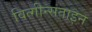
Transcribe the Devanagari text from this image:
वित्गीन्सताइन